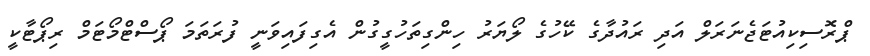
ޕްރޮސިކިއުޓަޖެނަރަލް އަދި ރައުދާގެ ކޭހުގެ ލޯޔަރު ހިންގިތަހުގީގުން އެގިފައިވަނީ ފުރަތަމަ ޕޯސްޓްމޯޓަމް ރިޕޯޓާކީ